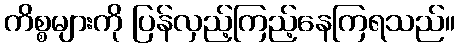
ကိစ္စများကို ပြန်လှည့်ကြည့်နေကြရသည်။